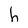
Character: h